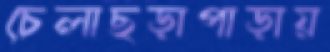
চেলাছড়াপাড়ায়